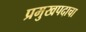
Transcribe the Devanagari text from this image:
प्रमुखपदाचा